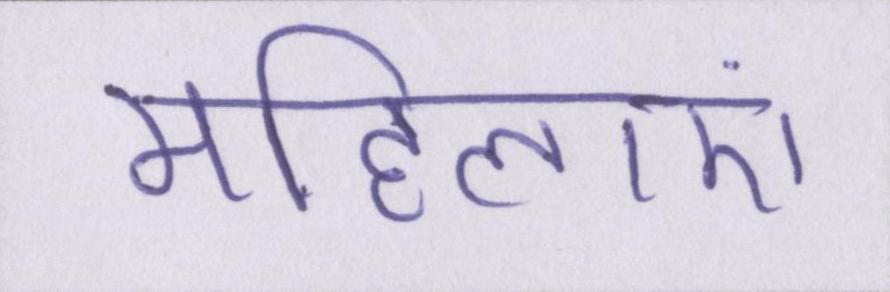
महिलाएं